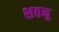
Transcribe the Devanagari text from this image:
शतनु